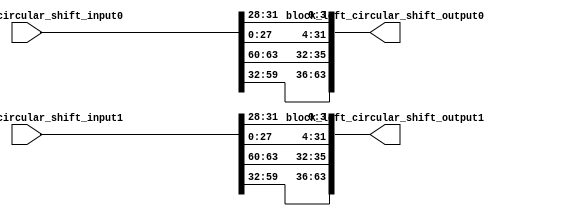
`timescale 1ns / 1ps
//////////////////////////////////////////////////////////////////////////////////
// Company: 
// Engineer: 
// 
// Design Name: 
// Module Name:    shared_block_left_circular_shift_4bit 
// Project Name: 
// Target Devices: 
// Tool versions: 
// Description: 
//
// Dependencies: 
//
// Revision: 
// Revision 0.01 - File Created
// Additional Comments: 
//
//////////////////////////////////////////////////////////////////////////////////
module shared_block_left_circular_shift_4bit(
	input 	[63:0] block_left_circular_shift_input0,
	input 	[63:0] block_left_circular_shift_input1,
	
    output 	[63:0] block_left_circular_shift_output0,
    output 	[63:0] block_left_circular_shift_output1
    );
	
	genvar i;
	generate
	for (i=0 ;i<2;i=i+1) begin: for_shift_block
		assign block_left_circular_shift_output0[(i+1)*32-1:i*32] = {block_left_circular_shift_input0[(i+1)*32-5:i*32], 
																	 block_left_circular_shift_input0[(i+1)*32-1:(i+1)*32-4]};
		assign block_left_circular_shift_output1[(i+1)*32-1:i*32] = {block_left_circular_shift_input1[(i+1)*32-5:i*32], 
																	 block_left_circular_shift_input1[(i+1)*32-1:(i+1)*32-4]};
	end
	endgenerate
	
endmodule